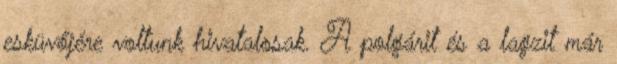
esküvőjére voltunk hivatalosak. A polgárit és a lagzit már